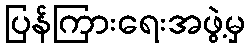
ပြန်ကြားရေးအဖွဲ့မှ